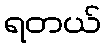
ရတယ်